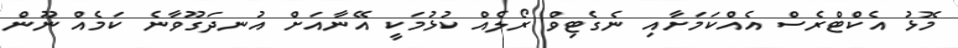
މޮޅު އެކްޓްރެސް އެއްކަމަށާއި ނެގެޓިވް ރޯލެއް ކުޅުމަކީ އޭނާއަށް އުނދަގޫވާނެ ކަމެއް ނޫން